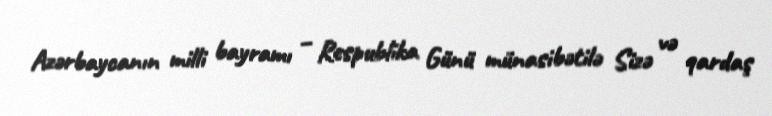
Azərbaycanın milli bayramı – Respublika Günü münasibətilə Sizə və qardaş